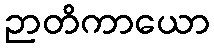
ဉာတိကာယော